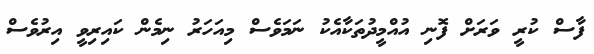
ފާސް ކުރީ ވަރަށް ފޮނި އުއްމީދުތަކާއެކު ނަމަވެސް މިއަހަރު ނިމެން ކައިރިވީ އިރުވެސް